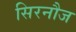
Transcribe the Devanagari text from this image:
सिरनौज